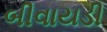
બીવાયડી